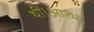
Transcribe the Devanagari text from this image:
थीं।आरंभ